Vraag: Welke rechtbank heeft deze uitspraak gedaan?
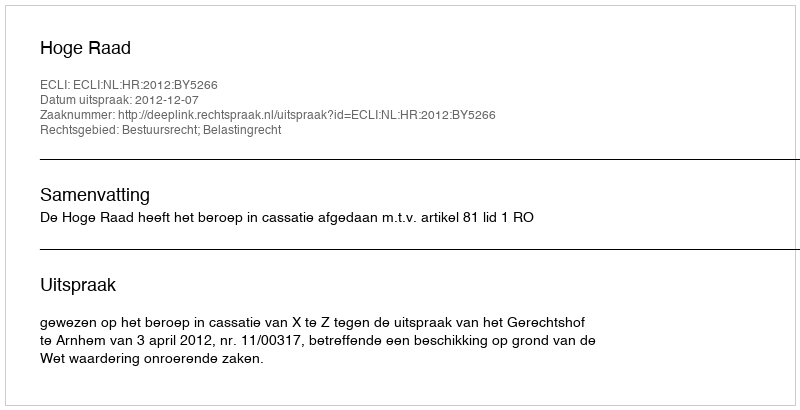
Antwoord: Hoge Raad